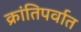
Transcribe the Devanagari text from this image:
क्रांतिपर्वात